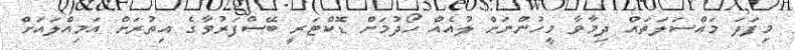
މިފަދަ މައްސަލަތައް ދިމާވާ މީހުންނަށް ލުއެއް ހޯދުމަށް ޑޮކްޓަރީ ބޭސްފަރުވާގެ އިތުރަށް އަމިއްލައަށް